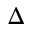
\Delta